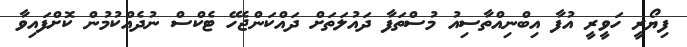
ފިޔޯރީ ހަވީރީ އުފާ އިބްނިއްތާސިއު މުސްތަފާ ދައުލަތަށް ދައްކަންޖެހޭ ޓެކްސް ނުދެއްކުމުން ކޮށްފައިވާ